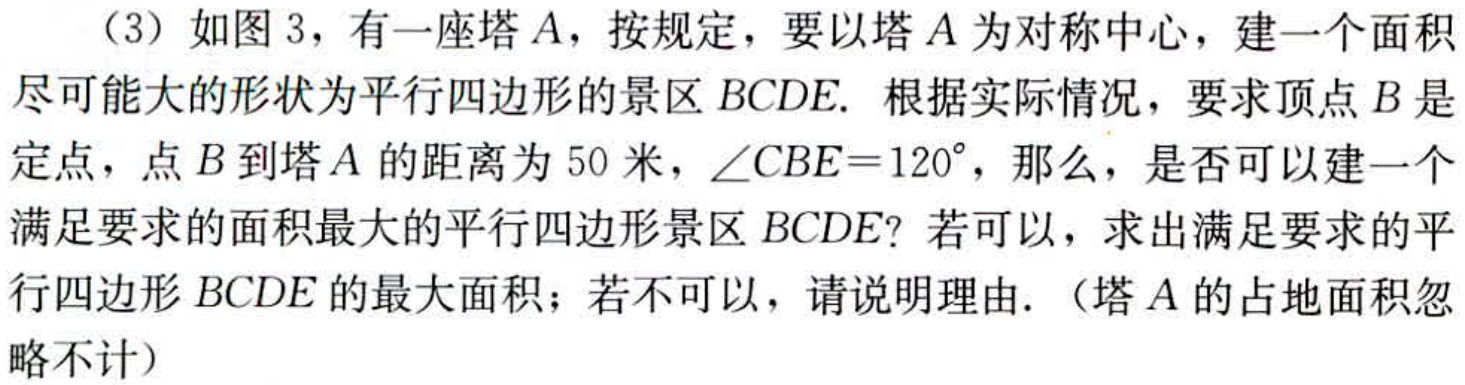
（3）如图3，有一座塔\(A\)，按规定，要以塔\(A\)为对称中心，建一个面积尽可能大的形状为平行四边形的景区\(BCDE\). 根据实际情况，要求顶点\(B\)是定点，点\(B\)到塔\(A\)的距离为\(50\)米，\(\angle CBE = 120^{\circ}\)，那么，是否可以建一个满足要求的面积最大的平行四边形景区\(BCDE\)？若可以，求出满足要求的平行四边形\(BCDE\)的最大面积；若不可以，请说明理由.（塔\(A\)的占地面积忽略不计）